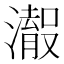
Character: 𱩠